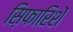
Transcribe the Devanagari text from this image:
स़िफारिशें